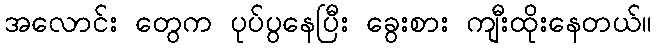
အလောင်း တွေက ပုပ်ပွနေပြီး ခွေးစား ကျီးထိုးနေတယ်။